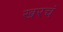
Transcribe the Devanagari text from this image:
खरचं